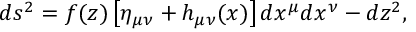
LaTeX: d s ^ { 2 } = f ( z ) \left[ \eta _ { \mu \nu } + h _ { \mu \nu } ( x ) \right] d x ^ { \mu } d x ^ { \nu } - d z ^ { 2 } ,